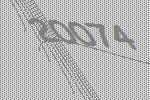
20074